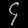
Digit: ၄